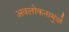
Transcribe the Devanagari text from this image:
अवलोकनामुळे